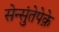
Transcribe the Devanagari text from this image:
सेन्सुंतेपेक़े